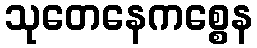
သုတေနေကစ္စေန